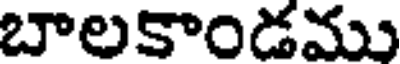
బాలకాండము